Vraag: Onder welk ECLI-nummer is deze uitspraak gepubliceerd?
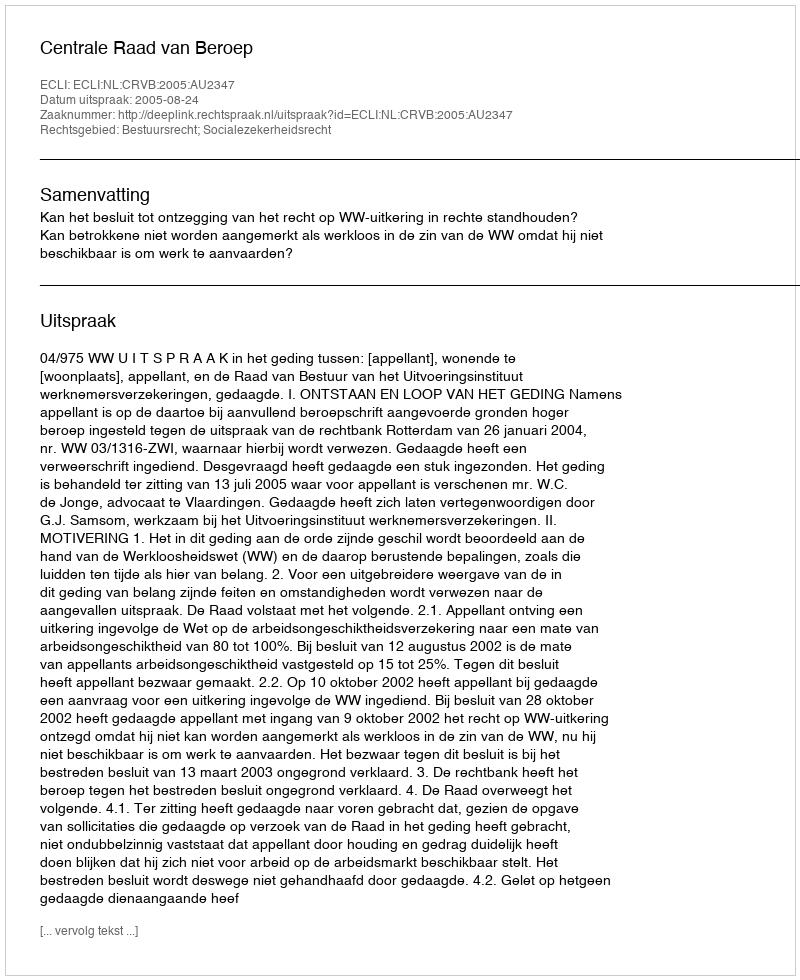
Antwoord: ECLI:NL:CRVB:2005:AU2347